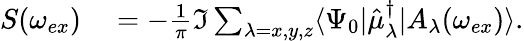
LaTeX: \begin{array}{rl}{S(\omega_{ex})}&{{}=-\frac{1}{\pi}\Im\sum_{\lambda=x,y,z}\langle\Psi_{0}|\hat{\mu}_{\lambda}^{\dagger}|A_{\lambda}(\omega_{ex})\rangle.}\end{array}